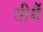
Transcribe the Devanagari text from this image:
तीर्थै